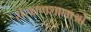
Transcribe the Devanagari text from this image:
संरक्षणशालाओं